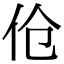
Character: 伧